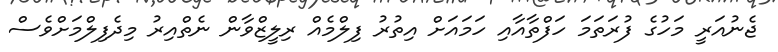
ޖެނުއަރީ މަހުގެ ފުރަތަމަ ހަފްތާއާއި ހަމައަށް އިތުރު ފިލްމެއް ރިލީޒްވާން ނެތްއިރު މިދެފިލްމަށްވެސް